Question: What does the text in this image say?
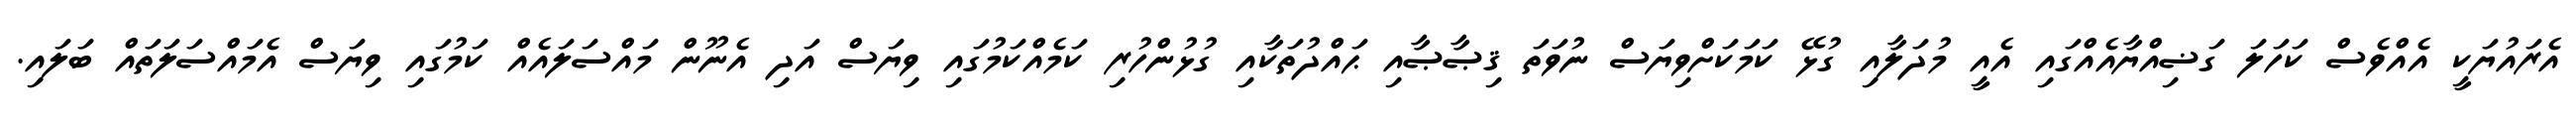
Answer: އެރައުޔަކީ އެއްވެސް ކަހަލަ ގަޟިއްޔާއެއްގައި އެއީ މުދަލާއި ގުޅޭ ކަމަކަށްވިޔަސް ނުވަތަ ޤިޞާޞާއި ޙައްދުތަކާއި ގުޅުންހުރި ކަމެއްކަމުގައި ވިޔަސް އަދި އެނޫން މައްސަލައެއް ކަމުގައި ވިޔަސް އެމައްސަލަތައް ބަލައި.